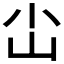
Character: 𪨤